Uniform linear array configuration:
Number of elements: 24
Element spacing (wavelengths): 1
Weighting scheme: blackman
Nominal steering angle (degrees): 15
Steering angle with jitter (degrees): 13.287
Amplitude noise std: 0.05
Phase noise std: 0.05

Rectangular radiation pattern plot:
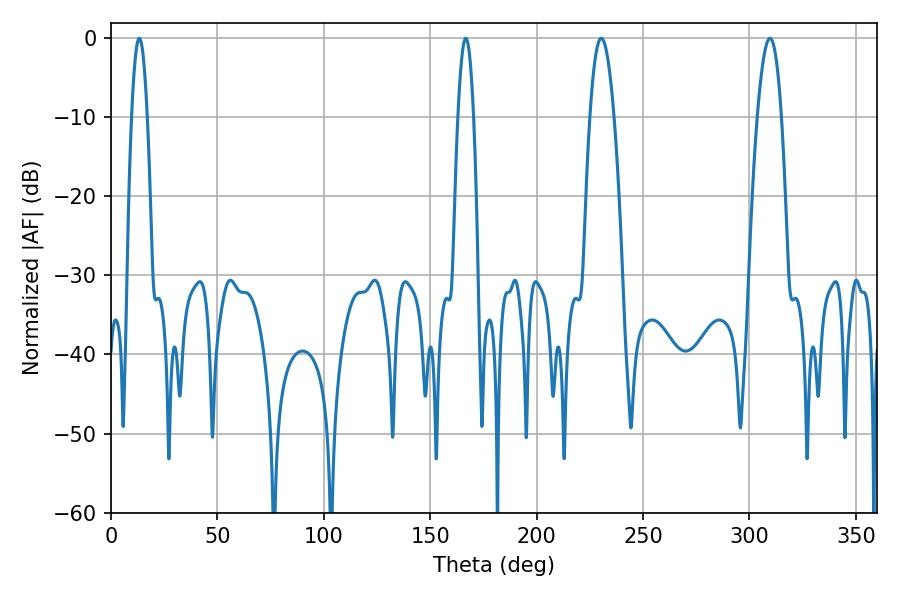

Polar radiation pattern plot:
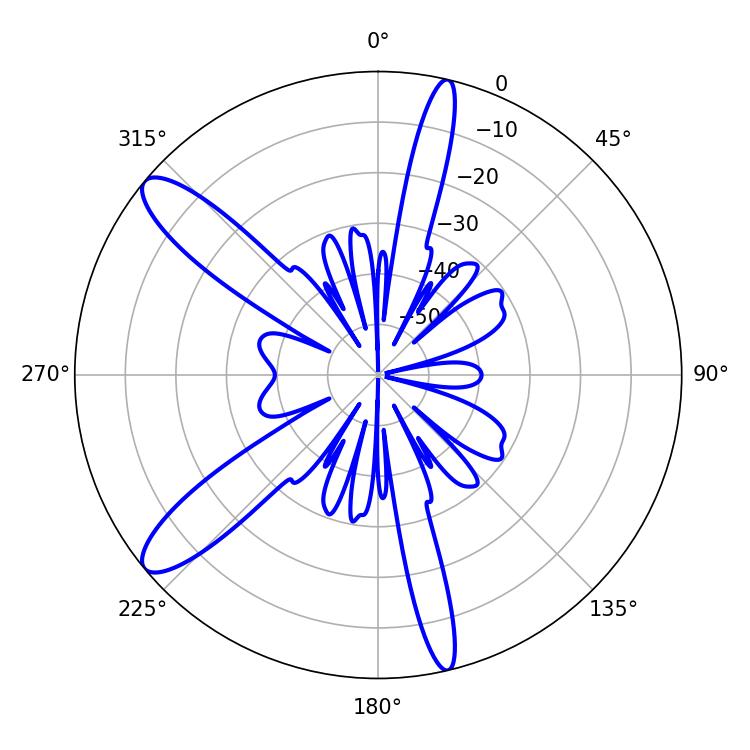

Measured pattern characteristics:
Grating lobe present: TRUE
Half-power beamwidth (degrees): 6.3
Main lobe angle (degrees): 230.4